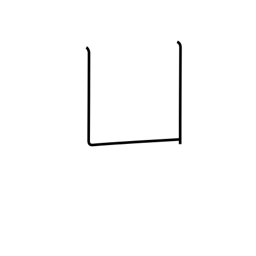
Meaning: open box radical (no. 17)